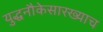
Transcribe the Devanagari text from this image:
युद्धनौकेसारख्याच